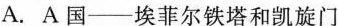
A. A国--埃菲尔铁塔和凯旋门